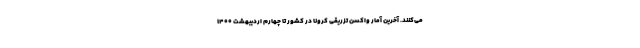
می‌کنند. آخرین آمار واکسن تزریقی کرونا در کشور تا چهارم اردیبهشت ١۴٠٠